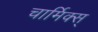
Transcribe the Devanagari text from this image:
चार्मिक्स्